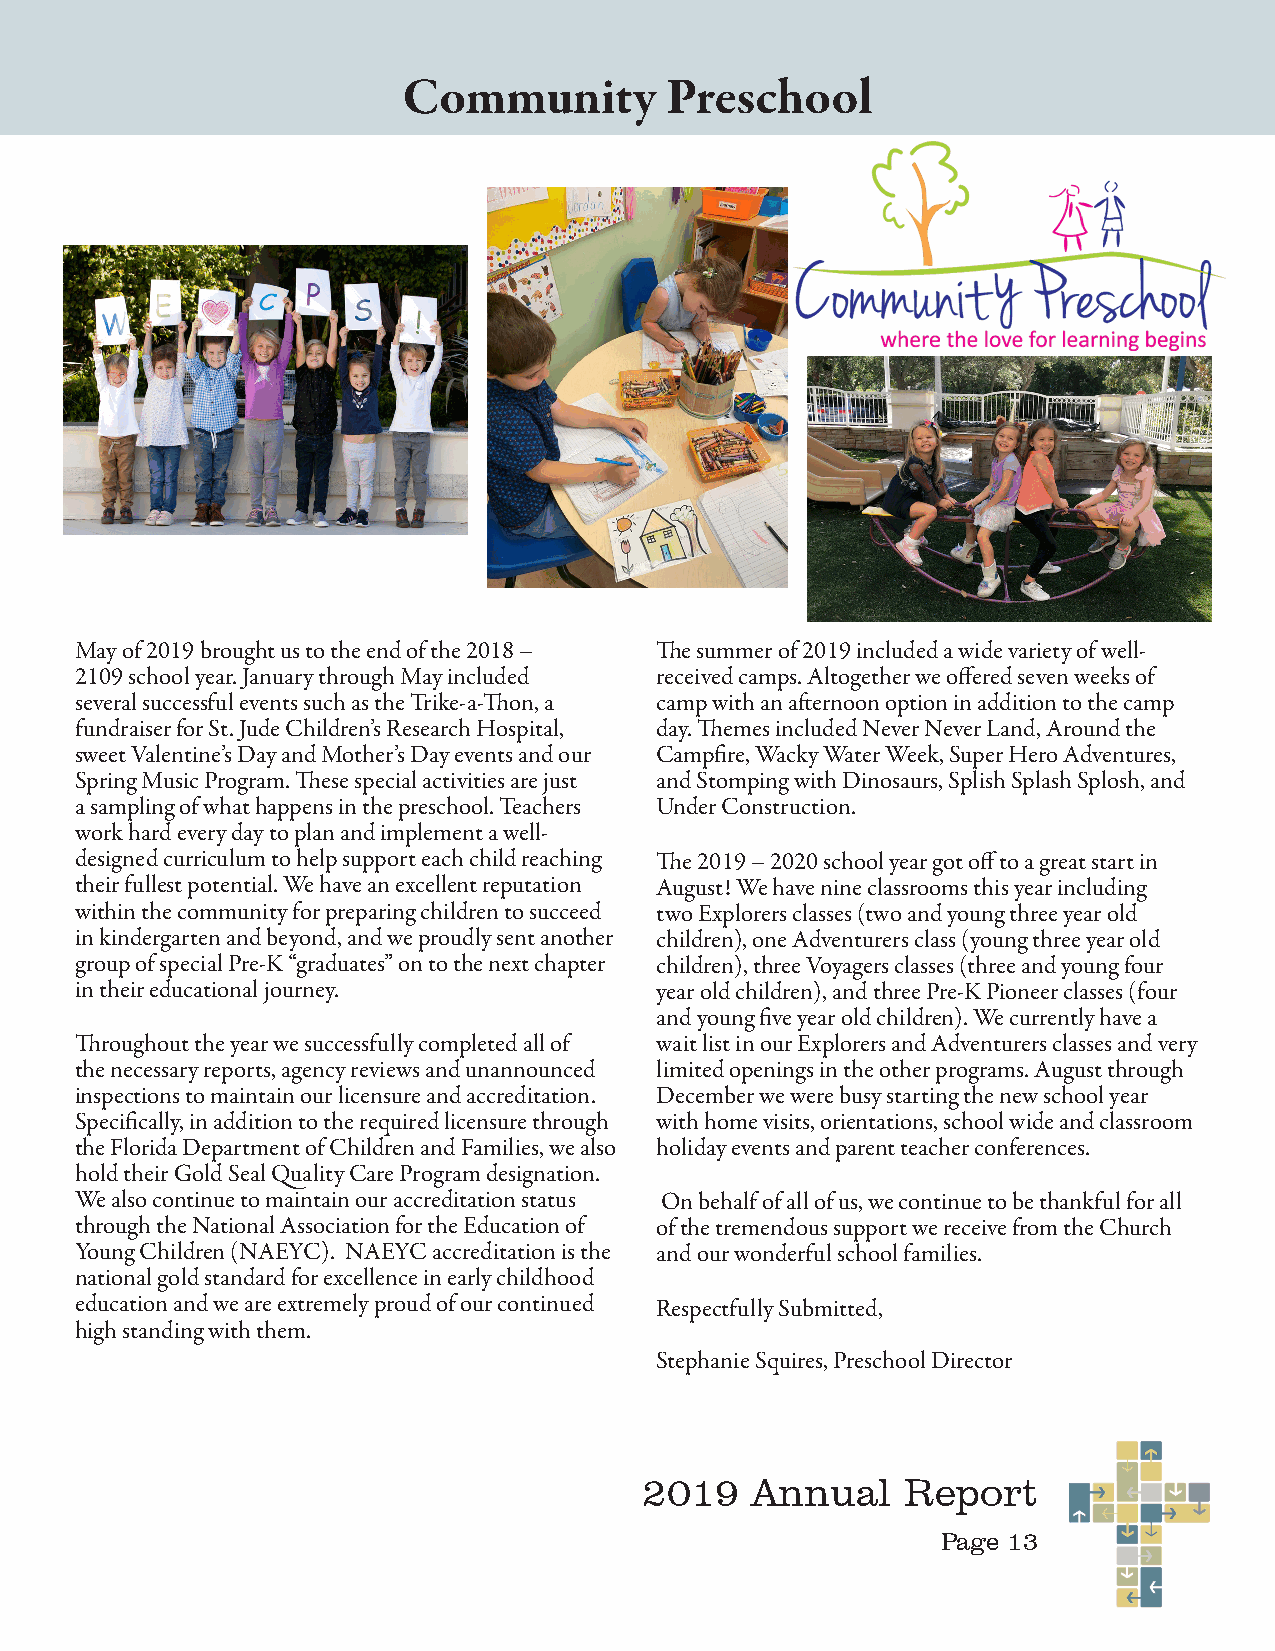
Community        Preschool
 May of 2019 brought us to the end of the 2018 – The summer of 2019 included a wide variety of well-
 2109 school year. January through May included received camps. Altogether we offered seven weeks of
 several successful events such as the Trike-a-Thon, a camp with an afternoon option in addition to the camp
 fundraiser for St. Jude Children’s Research Hospital, day. Themes included Never Never Land, Around the
 sweet Valentine’s Day and Mother’s Day events and our Campfire, Wacky Water Week, Super Hero Adventures,
 Spring Music Program. These special activities are just and Stomping with Dinosaurs, Splish Splash Splosh, and
 a sampling of what happens in the preschool. Teachers Under Construction.
 work hard every day to plan and implement a well-
 designed curriculum to help support each child reaching The 2019 – 2020 school year got off to a great start in
 their fullest potential. We have an excellent reputation August! We have nine classrooms this year including
 within the community for preparing children to succeed two Explorers classes (two and young three year old
 in kindergarten and beyond, and we proudly sent another children), one Adventurers class (young three year old
 group of special Pre-K “graduates” on to the next chapter children), three Voyagers classes (three and young four
 in their educational journey.         year old children), and three Pre-K Pioneer classes (four
 and young five year old children). We currently have a
 Throughout the year we successfully completed all of wait list in our Explorers and Adventurers classes and very
 the necessary reports, agency reviews and unannounced limited openings in the other programs. August through
 inspections to maintain our licensure and accreditation. December we were busy starting the new school year
 Specifically, in addition to the required licensure through with home visits, orientations, school wide and classroom
 the Florida Department of Children and Families, we also holiday events and parent teacher conferences.
 hold their Gold Seal Quality Care Program designation.
 We also continue to maintain our accreditation status On behalf of all of us, we continue to be thankful for all
 through the National Association for the Education of of the tremendous support we receive from the Church
 Young Children (NAEYC). NAEYC accreditation is the and our wonderful school families.
 national gold standard for excellence in early childhood
 education and we are extremely proud of our continued Respectfully Submitted,
 high standing with them.
 Stephanie Squires, Preschool Director
 2019   Annual    Report
 Page 13